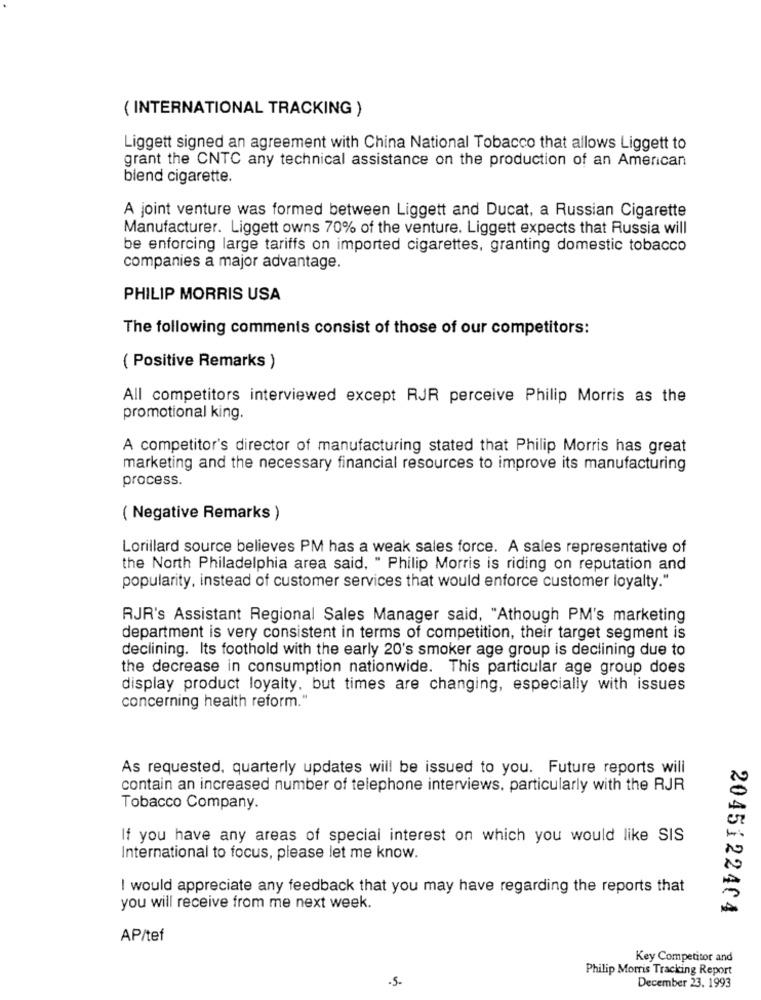
( INTERNATIONAL TRACKING )
Liggett signed an agreement with China National Tobacco that allows Liggett to
grant the CNTC any technical assistance on the production of an American
blend cigarette.
A joint venture was formed between Liggett and Ducat, a Russian Cigarette
Manufacturer. Liggett owns 70% of the venture. Liggett expects that Russia will
be enforcing large tariffs on imported cigarettes, granting domestic tobacco
companies a major advantage.
PHILIP MORRIS USA
The following comments consist of those of our competitors:
( Positive Remarks )
All competitors interviewed except RJR perceive Philip Morris as the
promotional king.
A competitor's director of manufacturing stated that Philip Morris has great
marketing and the necessary financial resources to improve its manufacturing
process.
( Negative Remarks )
Lorillard source believes PM has a weak sales force. A sales representative of
the North Philadelphia area said, " Philip Morris is riding on reputation and
popularity, instead of customer services that would enforce customer loyalty."
RJR's Assistant Regional Sales Manager said, "Athough PM's marketing
department is very consistent in terms of competition, their target segment is
declining. Its foothold with the early 20's smoker age group is declining due to
the decrease in consumption nationwide. This particular age group does
display product loyalty. but times are changing, especially with issues
concerning health reform."
As requested, quarterly updates will be issued to you. Future reports will
contain an increased number of telephone interviews, particularly with the RJR
Tobacco Company.
If you have any areas of special interest on which you would like SIS
International to focus, please let me know.
I would appreciate any feedback that you may have regarding the reports that
you will receive from me next week.
2045122404
AP/tef
Key Competitor and
Philip Morris Tracking Report
.5-
December 23. 1993